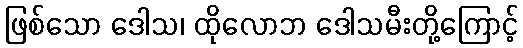
ဖြစ်သော ဒေါသ၊ ထိုလောဘ ဒေါသမီးတို့ကြောင့်